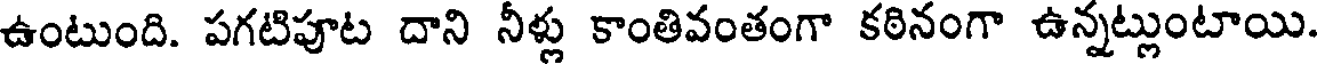
ఉంటుంది. పగటిపూట దాని నీళ్లు కాంతివంతంగా కఠినంగా ఉన్నట్లుంటాయి